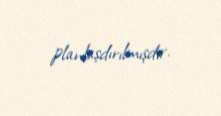
planlaşdırılmışdır.